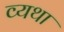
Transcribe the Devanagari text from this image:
व्‍यथा